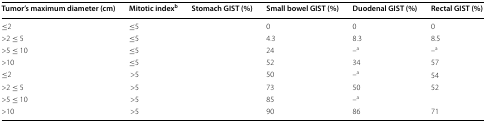
<table><thead><tr><td><b>Tumor’s maximum diameter (cm)</b></td><td><b>Mitotic index<sup>b</sup></b></td><td><b>Stomach GIST (%)</b></td><td><b>Small bowel GIST (%)</b></td><td><b>Duodenal GIST (%)</b></td><td><b>Rectal GIST (%)</b></td></tr></thead><tbody><tr><td>≤2</td><td>≤5</td><td>[EMPTY_CELL]</td><td>0</td><td>0</td><td>0</td></tr><tr><td>&gt;2 ≤ 5</td><td>≤5</td><td>[EMPTY_CELL]</td><td>4.3</td><td>8.3</td><td>8.5</td></tr><tr><td>&gt;5 ≤ 10</td><td>≤5</td><td>[EMPTY_CELL]</td><td>24</td><td>–<sup>a</sup></td><td>–<sup>a</sup></td></tr><tr><td>&gt;10</td><td>≤5</td><td>[EMPTY_CELL]</td><td>52</td><td>34</td><td>57</td></tr><tr><td>≤2</td><td>&gt;5</td><td>[EMPTY_CELL]</td><td>50</td><td>–<sup>a</sup></td><td>54</td></tr><tr><td>&gt;2 ≤ 5</td><td>&gt;5</td><td>[EMPTY_CELL]</td><td>73</td><td>50</td><td>52</td></tr><tr><td>&gt;5 ≤ 10</td><td>&gt;5</td><td>[EMPTY_CELL]</td><td>85</td><td>–<sup>a</sup></td><td>[EMPTY_CELL]</td></tr><tr><td>&gt;10</td><td>&gt;5</td><td>[EMPTY_CELL]</td><td>90</td><td>86</td><td>71</td></tr></tbody></table>